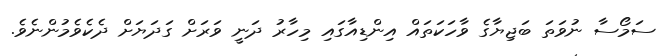
ސަމޯސާ ނުވަތަ ބަޖިޔާގެ ވާހަކަތައް އިންޑިއާގައި މިހާރު ދަނީ ވަރަށް ގަދަޔަށް ދެކެވެމުންނެވެ.